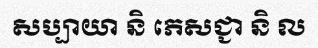
សប្បាយា និ ភេសជ្ជា និ ល